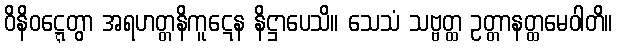
ဝိနိဝဋ္ဋေတွာ အရဟတ္တနိကူဋေန နိဋ္ဌာပေသိ။ သေသံ သဗ္ဗတ္ထ ဥတ္တာနတ္ထမေဝါတိ။